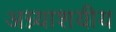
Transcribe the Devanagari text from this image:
अग्न्याशयीय